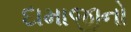
દામાજીનો